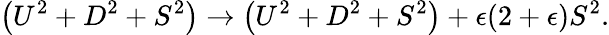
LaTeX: \left(U^{2}+D^{2}+S^{2}\right)\to\left(U^{2}+D^{2}+S^{2}\right)+\epsilon(2+\epsilon)S^{2}.